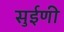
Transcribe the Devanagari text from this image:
सुईणी